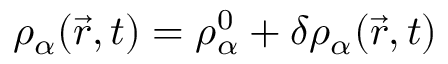
\rho _ { \alpha } ( \vec { r } , t ) = \rho _ { \alpha } ^ { 0 } + \delta \rho _ { \alpha } ( \vec { r } , t )